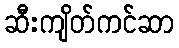
ဆီးကျိတ်ကင်ဆာ